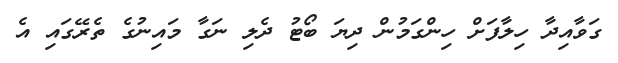
ގަވާއިދާ ހިލާފަށް ހިންގަމުން ދިޔަ ބޯޓު ދެލި ނަގާ މައިނުގެ ތެރޭގައި އެ